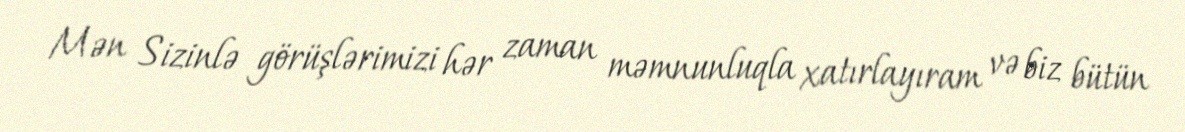
Mən Sizinlə görüşlərimizi hər zaman məmnunluqla xatırlayıram və biz bütün